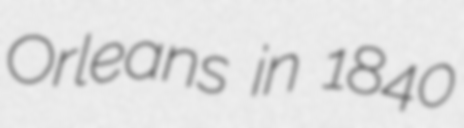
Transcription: Orleans in 1840